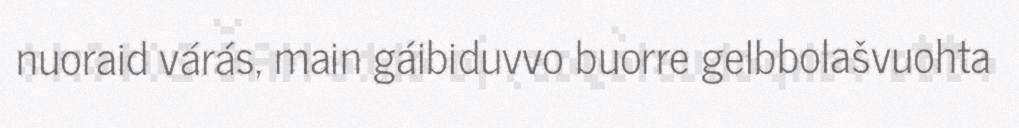
nuoraid várás, main gáibiduvvo buorre gelbbolašvuohta